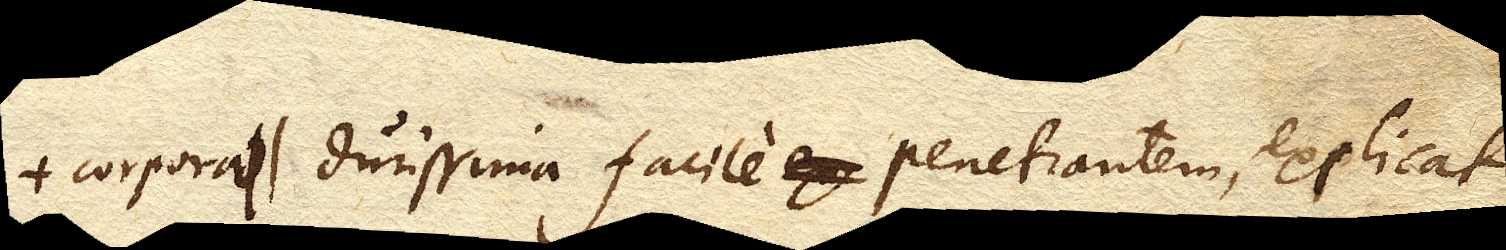
corpora durissima facile penetrantem, explicat.